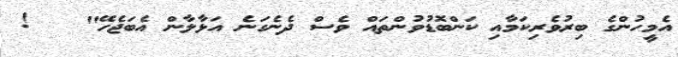
އެމީހުންގެ ބިރުވެރިކަމާއި ކަންބޮޑުވުންތައް ވެސް ދެނެގަނެ އަޅާލާން އެބަޖެހޭ"   !